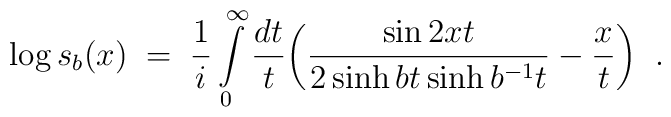
\log s_b(x)\;=\;\frac{1}{i}\int\limits_0^{\infty}\frac{dt}{t}\biggl(\frac{\sin 2xt}{2\sinh bt\sinh b^{-1}t}-\frac{x}{t}\biggl)\;\;.